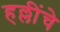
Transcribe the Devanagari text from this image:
हल्लींचे